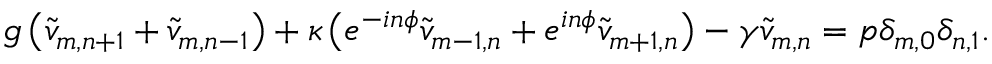
\begin{array} { r } { g \left( \tilde { v } _ { m , n + 1 } + \tilde { v } _ { m , n - 1 } \right) + \kappa \left( e ^ { - i n \phi } \tilde { v } _ { m - 1 , n } + e ^ { i n \phi } \tilde { v } _ { m + 1 , n } \right) - \gamma \tilde { v } _ { m , n } = p \delta _ { m , 0 } \delta _ { n , 1 } . } \end{array}